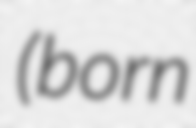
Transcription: (born